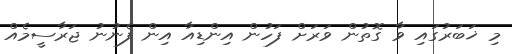
މި ޚަބަރުގައި ވާ ގޮތުން ވަރަށް ފަހުން އިންޑިއާ އިން ފެނުނު ޖަރާސީމެއް